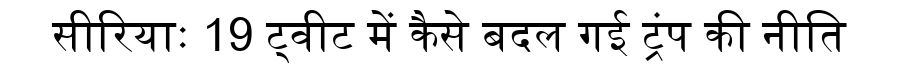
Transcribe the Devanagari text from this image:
सीरियाः 19 ट्वीट में कैसे बदल गई ट्रंप की नीति